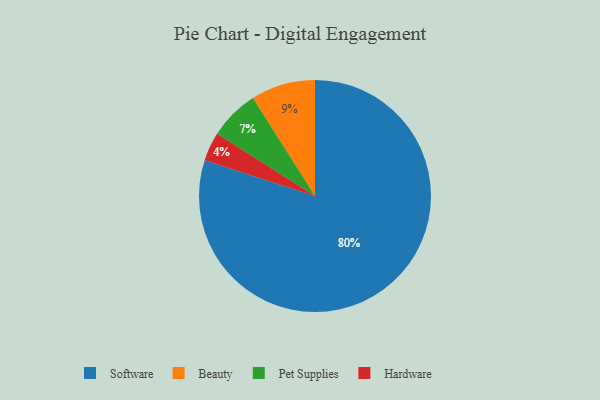
{"axis": {"x": "Category", "y": "Percentage"}, "legend": ["Beauty", "Hardware", "Pet Supplies", "Software"], "data": [{"x": "Pet Supplies", "y": 7, "type": "Pet Supplies"}, {"x": "Beauty", "y": 9, "type": "Beauty"}, {"x": "Software", "y": 80, "type": "Software"}, {"x": "Hardware", "y": 4, "type": "Hardware"}]}